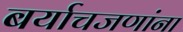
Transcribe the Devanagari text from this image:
बर्याचजणांना